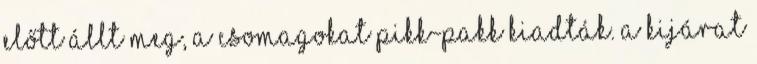
előtt állt meg, a csomagokat pikk-pakk kiadták. A kijárat